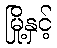
မြို့နှင့်